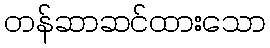
တန်ဆာဆင်ထားသော